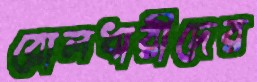
রোলধারীদের